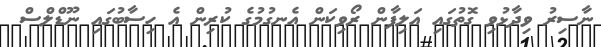
ނާސިރު ވިދާޅުވި ގޮތުގައި އަލިފާން ރޯވިކަން އެނގުުމުގެ ކުރިން އެ ހިސާބުގައި ނޫޑްލްސް